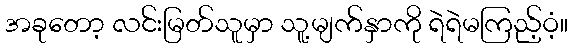
အခုတော့ လင်းမြတ်သူမှာ သူ့မျက်နှာကို ရဲရဲမကြည့်ဝံ့။